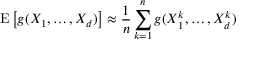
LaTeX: \operatorname { E } \left[ g ( X _ { 1 } , \dots , X _ { d } ) \right] \approx { \frac { 1 } { n } } \sum _ { k = 1 } ^ { n } g ( X _ { 1 } ^ { k } , \dots , X _ { d } ^ { k } )